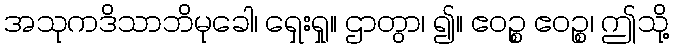
အသုကဒိသာဘိမုခေါ၊ ရှေးရှု။ ဌာတွာ၊ ၍။ ဧဝဉ္စ ဧဝဉ္စ၊ ဤသို့